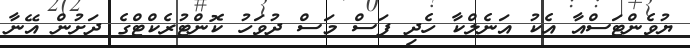
ޔުވެންޓަސްއާ އެކު އަނެލްކާ ހެދި ފަސް މަސް ދުވަހު ކޮންޓުރެކްޓްގެ ދަށުން އޭނާ